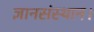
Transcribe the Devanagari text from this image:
ज्ञानसंस्थान।